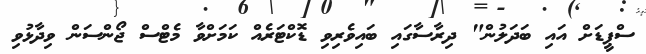
ސްޕީޑަށް އައި ބަދަލުން" ދިރާސާގައި ބައިވެރިވި ޑޮކްޓަރެއް ކަމަށްވާ މެޓްސް ޖޯންސަން ވިދާޅުވި